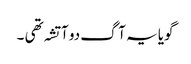
گویا یہ آگ دو آتشہ تھی ۔